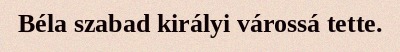
Béla szabad királyi várossá tette.